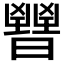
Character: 𣋤